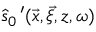
\widehat { s } _ { 0 } \, ^ { \prime } ( \vec { x } , \vec { \xi } , z , \omega )